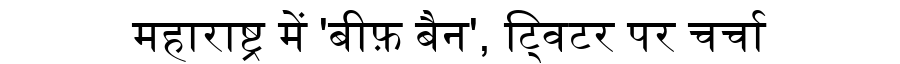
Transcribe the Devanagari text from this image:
महाराष्ट्र में 'बीफ़ बैन', ट्विटर पर चर्चा